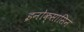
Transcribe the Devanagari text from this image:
इनोक्सासिन